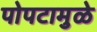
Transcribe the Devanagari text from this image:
पोपटामुळे